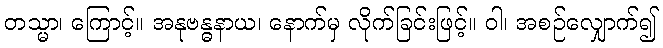
တသ္မာ၊ ကြောင့်။ အနုဗန္ဓနာယ၊ နောက်မှ လိုက်ခြင်းဖြင့်။ ဝါ၊ အစဉ်လျှောက်၍